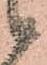
候